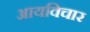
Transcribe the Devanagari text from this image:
आयविचार